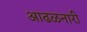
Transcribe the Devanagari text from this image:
आढळनारी